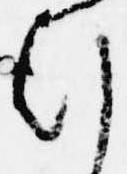
行